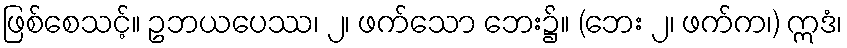
ဖြစ်စေသင့်။ ဥဘယပေဿ၊ ၂၊ ဖက်သော ဘေး၌။ (ဘေး ၂၊ ဖက်က၊) ဣဒံ၊